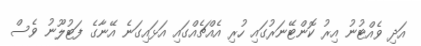
އަދި ވެއްޓުނު އިރު ކޮންޓޭނަރުގައި ހުރި އެއްޗެއްގައި އަޅައިގަނެ އޭނާގެ ފަޓުލޫނު ވެސް